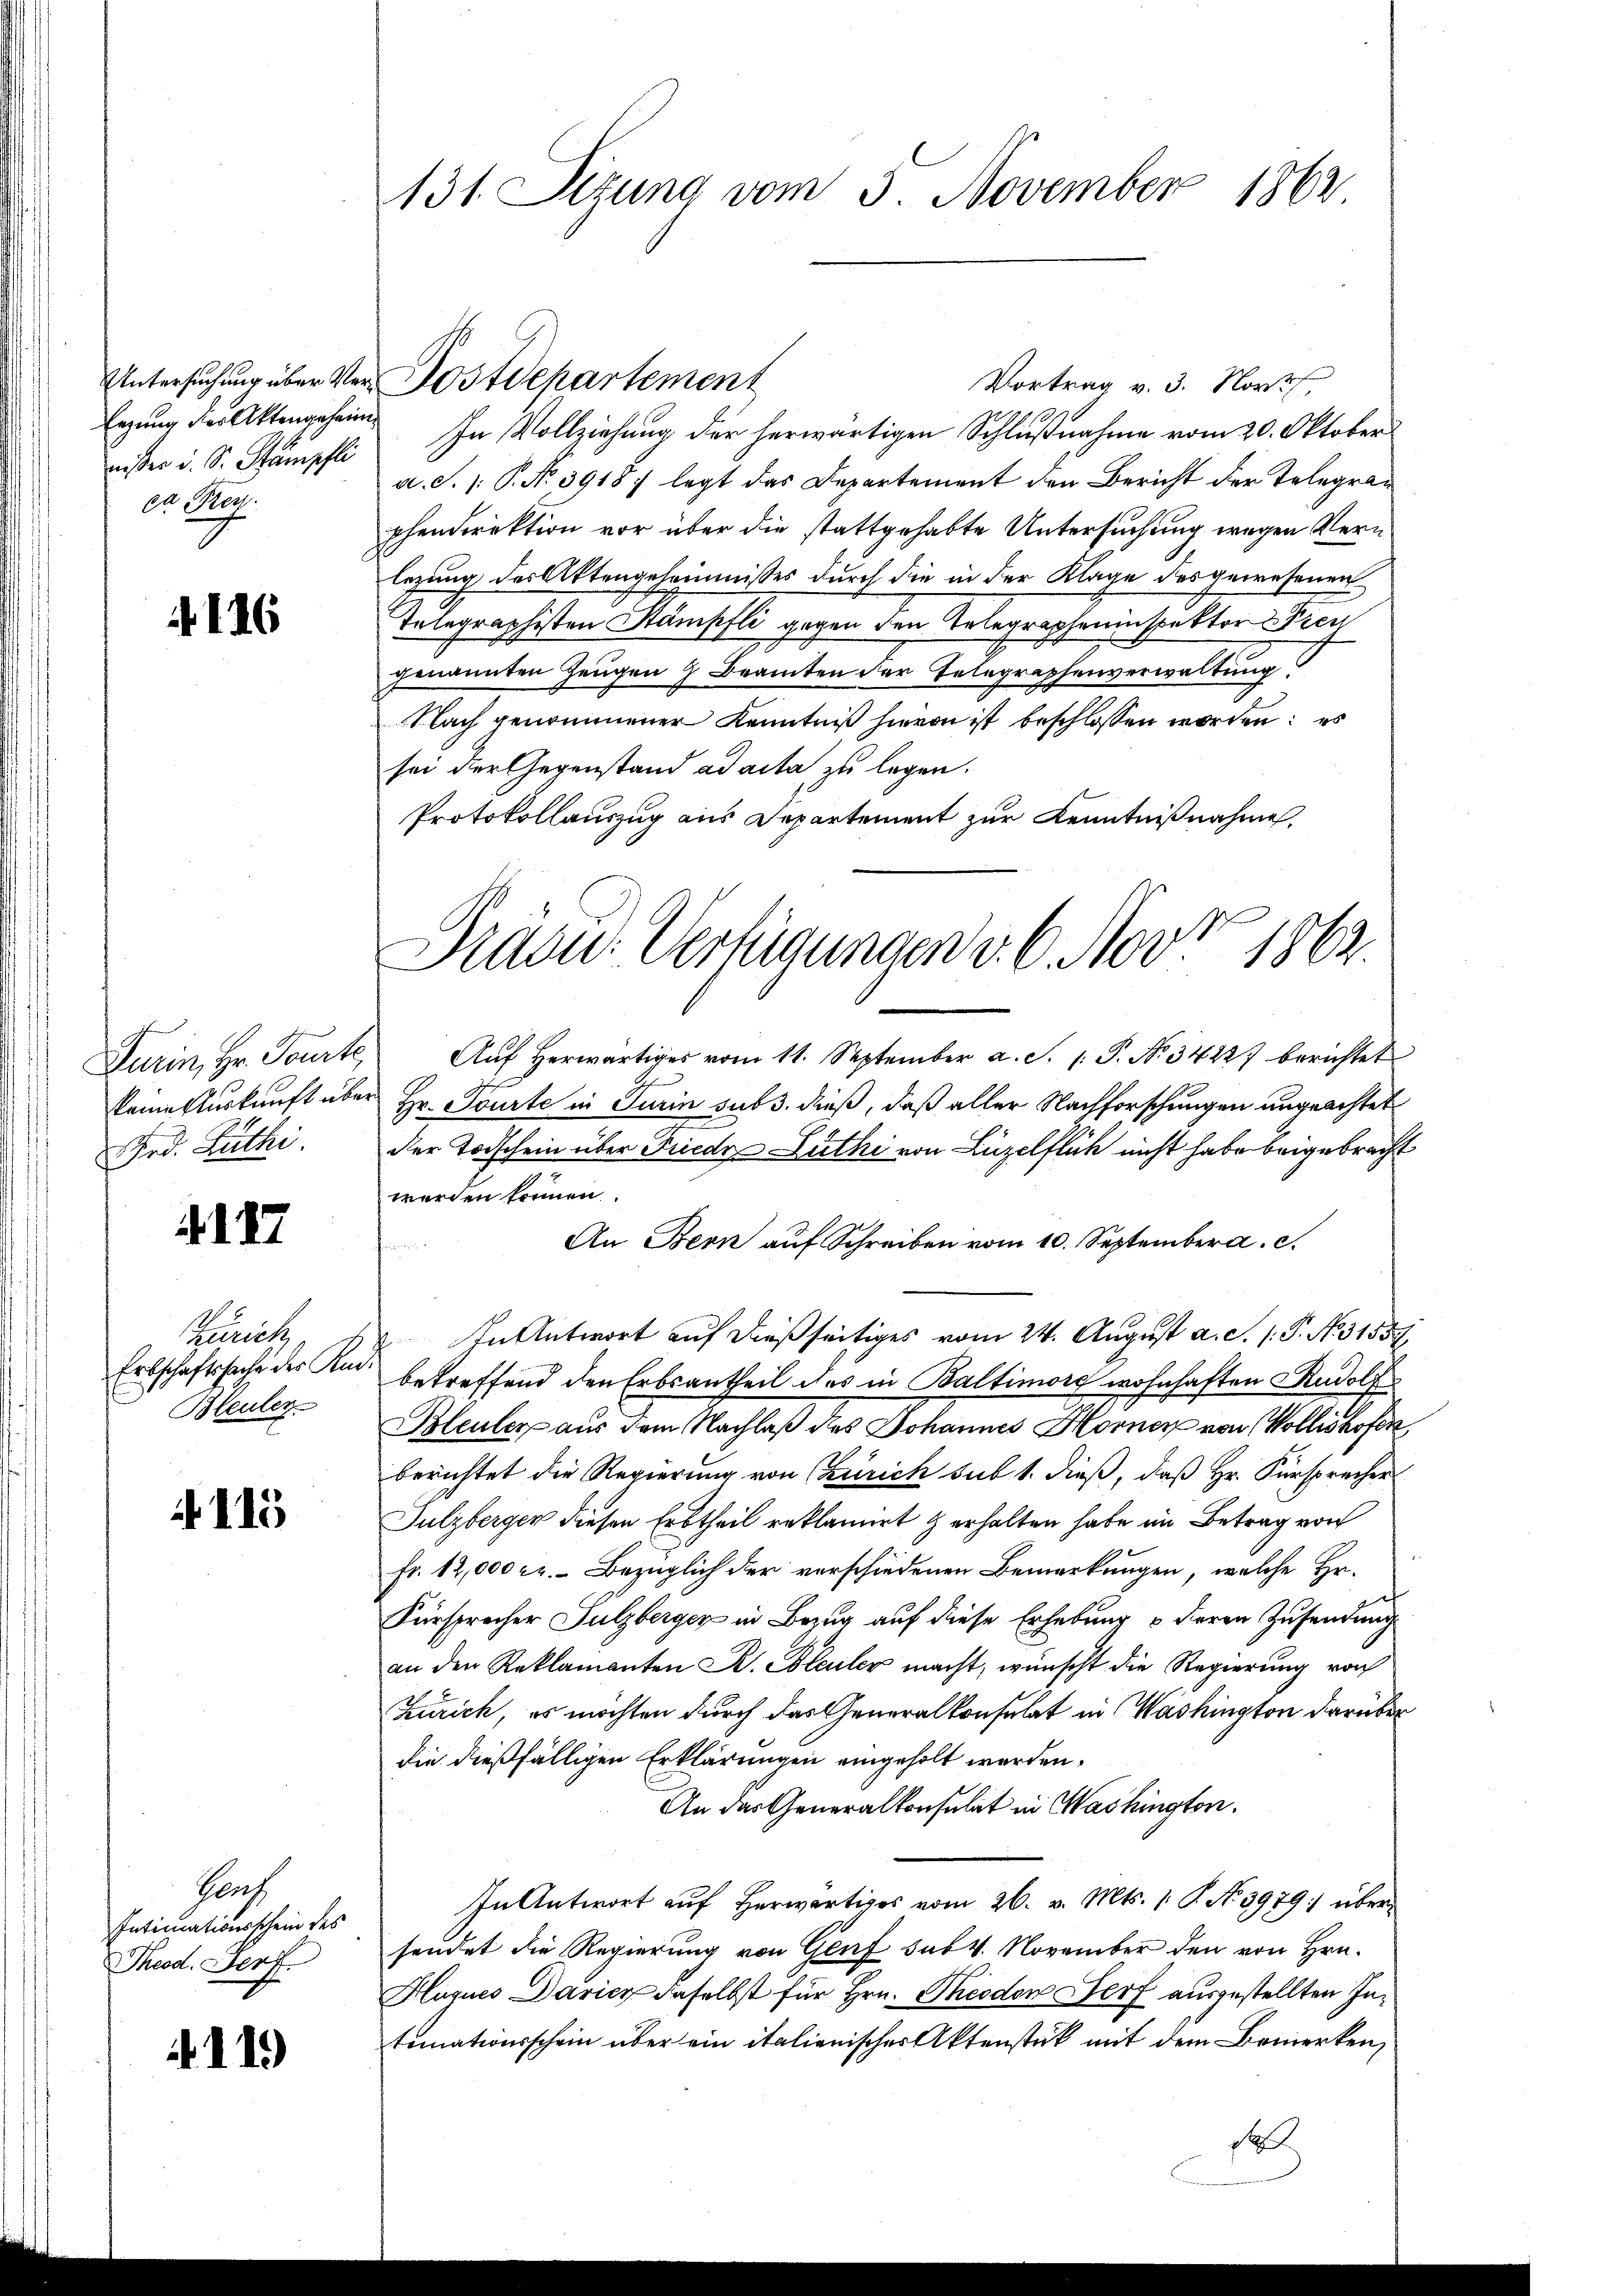
wister u. S. Stampfli
ce Frey.

.116

Grd. Zuthi

117

Greutz
Bleuler

115

Graz
Intimationsschein des
Theod. Ferf.

119)

Untersuchung über Ver Postdepartement
Vortrag v. 3. Nort,
Erzung der Aktengeheim In Vollziehung der herwärtigen Schlußnahme vom 20. Oktober
a. S. 1: P. No. 3918 legt das Departement den Bericht der Telegraphendirektion vor über die stattgehabte Untersuchung wegen Vern
lezung des Aktengeheimnisses durch die in der Klage des gewesenen
Telegraphisten Stämpfli gegen den Telegrapheninspektor Pien
genannten Zeugen 9 Beamten der Telegraphenverwaltung
Nach genommener Kenntniß hievon ist beschlossen worden: es
sei der Gegenstand ad acta zu legen.
Protokollauszug aus Departement zur Kenntnißnahme,
Turin, Hr. Tourte, Aŭf herwärtiges vom 11. September a. S. 1. P. No. 34227 berichtet
keine Auskunft über Hr. Tourte in Turin sub 3. dieß, daß aller Nachforschungen ungeachtet
der Todschein über Friede Zuthi von Luzelflück nicht habe beigebracht
werden können.
An Bern auf Schreiben vom 10. September a. c.
fen
In Antwort auf dießseitiges vom 24. August a. S. 1. P. No 31559
g
Erbschaftssache des Kade betreffend den Erbsantheil das in Baltinie wohnhaften Rudolf
Bleuler aus dem Nachlaß des Johannes Horner von Wollishofen,
berichtet die Regierung von Zürich sub 1. dieß, daß Hr. Fürsprecher
Sulzbergen diesen Erbtheil reklamirt & erhalten habe im Betrag von
fr. 12,000 rl. Bezüglich der verschiedenen Bemerkungen, welche Hr.
Fürsprecher Sulzberger in Bezug auf diese Erhebung & deren Zusendung
an den Reklamanten B. Bleuler macht, wünscht die Regierung von
Zürich, es möchten durch das Generalkonsulat in Washington darüber
die dießfälligen Erklärungen eingeholt werden.
An das Generalkonsulat in Washington,
In Antwort aŭf herwärtiges vom 26. v. Mts. 1. P. No 3979:/ übersendet die Regierung von Genf sub 4. November den von Hrn.
Huques Daricz daselbst für Hrn. Theoden Dorf ausgestellten Intemationsschein über ein italienischer Aktenstück mit dem Bemerken,
so

131. Sitzung vom 3. November 1862

Dräder. Verfügungen v. 6. Nov. 1862.